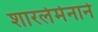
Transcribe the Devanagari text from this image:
शारलेमेनाने